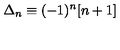
\Delta _ { n } \equiv ( - 1 ) ^ { n } [ n + 1 ]